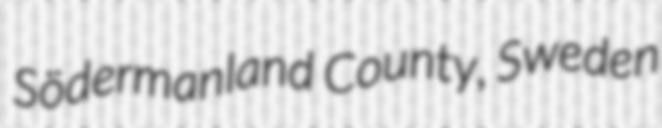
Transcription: Södermanland County, Sweden